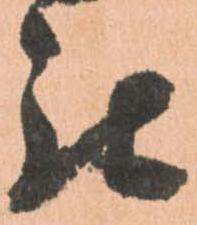
被